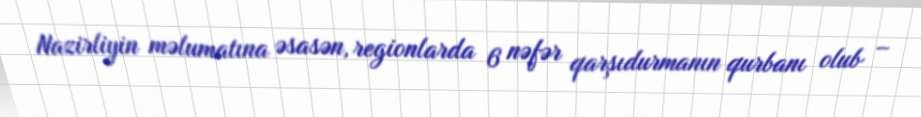
Nazirliyin məlumatına əsasən, regionlarda 6 nəfər qarşıdurmanın qurbanı olub –